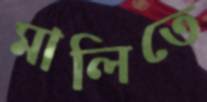
মালিতে